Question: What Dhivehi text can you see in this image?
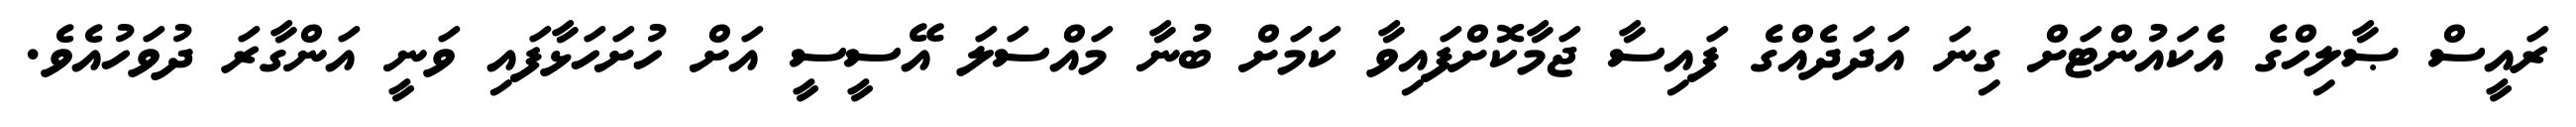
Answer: ރައީސް ޞާލިހްގެ އެކައުންޓަށް ގިނަ އަދަދެއްގެ ފައިސާ ޖަމާކޮށްފައިވާ ކަމަށް ބުނާ މައްސަލަ އޭސީސީ އަށް ހުށަހަޅާފައި ވަނީ އަންގާރަ ދުވަހުއެވެ.